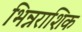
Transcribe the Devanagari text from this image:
भिन्नराशिक